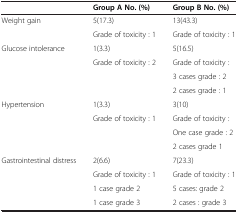
<table><thead><tr><td><b> </b></td><td><b>Group A No. (%)</b></td><td><b>Group B No. (%)</b></td></tr></thead><tbody><tr><td rowspan="2">Weight gain</td><td>5(17.3)</td><td>13(43.3)</td></tr><tr><td>Grade of toxicity : 1</td><td>Grade of toxicity : 1</td></tr><tr><td rowspan="4">Glucose intolerance</td><td>1(3.3)</td><td>5(16.5)</td></tr><tr><td rowspan="3">Grade of toxicity : 2</td><td>Grade of toxicity :</td></tr><tr><td>3 cases grade : 2</td></tr><tr><td>2 cases grade : 1</td></tr><tr><td rowspan="4">Hypertension</td><td>1(3.3)</td><td>3(10)</td></tr><tr><td rowspan="3">Grade of toxicity : 1</td><td>Grade of toxicity :</td></tr><tr><td>One case grade : 2</td></tr><tr><td>2 cases grade 1</td></tr><tr><td rowspan="4">Gastrointestinal distress</td><td>2(6.6)</td><td>7(23.3)</td></tr><tr><td>Grade of toxicity : 1</td><td>Grade of toxicity : 1</td></tr><tr><td>1 case grade 2</td><td>5 cases: grade 2</td></tr><tr><td>1 case grade 3</td><td>2 cases : grade 3</td></tr></tbody></table>